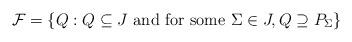
LaTeX: \begin{align*}\mathcal{F}=\{Q:Q \subseteq J \textrm{ and for some } \Sigma \in J, Q\supseteq P_\Sigma\}\end{align*}